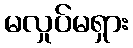
မလှုပ်မရှား